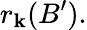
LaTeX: r_{\mathbf{k}}(B^{\prime}).